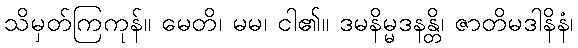
သိမှတ်ကြကုန်။ မေတိ၊ မမ၊ ငါ၏။ ဒမနိမ္မဒနန္တိ၊ ဇာတိမဒါနိနံ၊